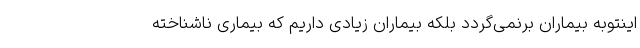
اینتوبه بیماران برنمی‌گردد بلکه بیماران زیادی داریم که بیماری ناشناخته